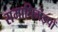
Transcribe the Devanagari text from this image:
समाधिमंडपों